Civil Veterinary Department Bengal reports 1923-33 - 1923-1933
Year: 1923
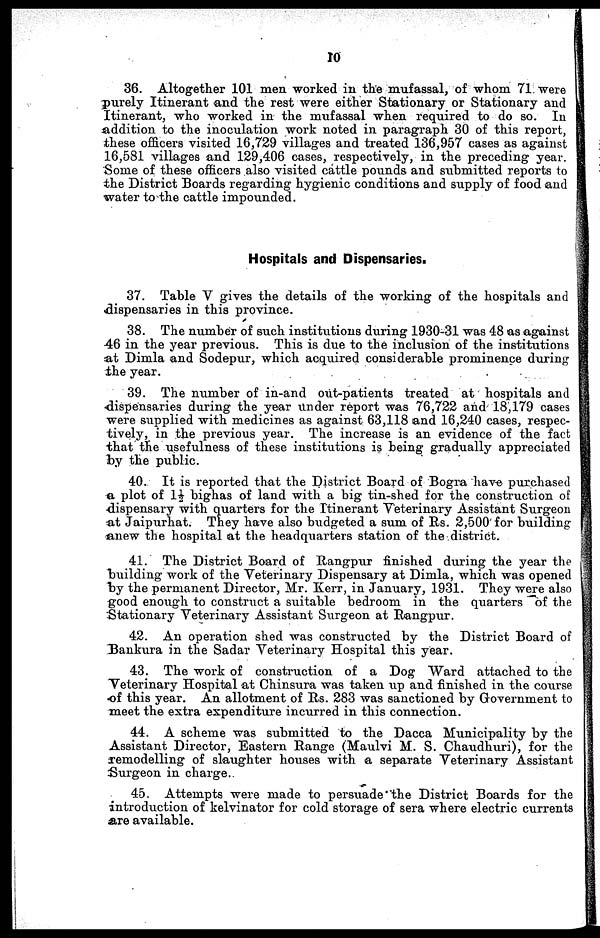
10
86. Altogether 101 men worked in the mufassal, of whom 71 were
purely Itinerant and the rest were either Stationary or Stationary and
Itinerant, who worked in the mufassal when required to do so. In
addition to the inoculation work noted in paragraph 30 of this report,
these officers visited 16,729 Tillages and treated 186,957 cases as against
16,581 villages and 129,408 cases, respectively, in the preceding year.
Some of these officers also visited cattle pounds and submitted reports to
the District Boards regarding hygienic conditions and supply of food and
water to the cattle impounded.
Hospitals and Dispensaries.
37. Table V gives the details of the working of the hospitals and
dispensaries in this province.
38. The number of such institutions during 1930-31 was 48 as against
46 in the year previous. This is due to the inclusion of the institutions
at Dimla and Sodepur, which acquired considerable prominence during
the year.
39. The number of in-and out-patients treated at hospitals and
dispensaries during the year under report was 76,722 and 18,179 cases
were supplied with medicines as against. 63,118 and 16,240 cases, respec -
tively, in the previous year. The increase is an evidence of the fact
that the usefulness of these institutions is being- gradually appreciated
by the public.
40. It is reported that the District Board of Bogra have purchased
a plot of 1½ bighas of land with a big tin-shed for the construction of
dispensary with quarters for the Itinerant Veterinary Assistant Surgeon
at -Jaipurhat. They have also budgeted a sum of Rs. 2.500 for building
anew the hospital at the headquarters station of the district.
41. The District Board of Rangpur finished during the year the
building work of the Veterinary Dispensary at Dimla, which was opened
by the permanent Director, Mr. Kerr, in January, 1931. They were also
good enough to construct a suitable bedroom in the quarters of the
Stationary Veterinary Assistant Surgeon at Rangpur.
42. An operation shed was constructed by the District Board of
Bankura in the Sadar Veterinary Hospital this year.
43. The work of construction of a Dog Ward attached to the
Veterinary Hospital at Chinsura was taken up and finished in the course
of this year. An allotment of Rs. 283 was sanctioned by Government to
meet the extra expenditure incurred in this connection.
44. A scheme was submitted to the Dacca Municipality by the
Assistant Director, Eastern Range (Maulvi M. S. Chaudhuri), for the
remodelling of slaughter houses with a separate Veterinary Assistant
Surgeon in charge.
45. Attempts were made to persuade the District Boards for the
introduction of kelvinator for cold storage of sera where electric currents
are available.